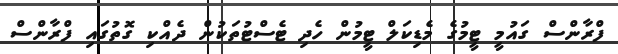
ފްރާންސް ގައުމީ ޓީމުގެ މެޑިކަލް ޓީމުން ހެދި ޓެސްޓުތަކުން ދެއްކި ގޮތުގައި ފްރާންސް